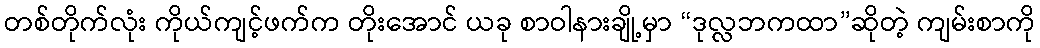
တစ်တိုက်လုံး ကိုယ်ကျင့်ဖက်က တိုးအောင် ယခု စာဝါနားချို့မှာ “ဒုလ္လဘကထာ”ဆိုတဲ့ ကျမ်းစာကို